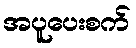
အပူပေးစက်